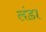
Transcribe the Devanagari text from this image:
लंडा